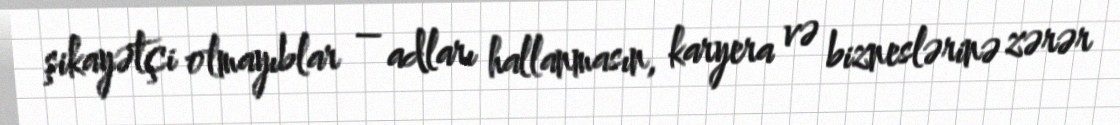
şikayətçi olmayıblar – adları hallanmasın, karyera və bizneslərinə zərər